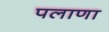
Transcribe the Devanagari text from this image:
पलाणा